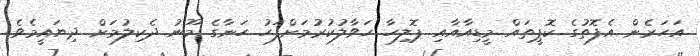
އަހަރެން އެފޮތުގެ ކޮޕީތައް މީޑިއާއާއި ޕޮލިހާ ހަވާލުކުރުމަށްފަހު ހަނާގެ މޫނު ދެކިލުމަށް ދިޔައީމެވެ.